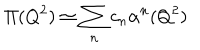
LaTeX: \Pi ( Q ^ { 2 } ) \simeq \sum _ { n } c _ { n } \alpha ^ { n } ( Q ^ { 2 } )